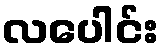
လပေါင်း